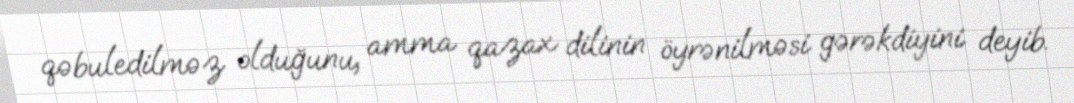
qəbuledilməz olduğunu, amma qazax dilinin öyrənilməsi gərəkdiyini deyib.